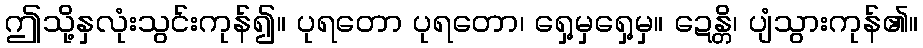
ဤသို့နှလုံးသွင်းကုန်၍။ ပုရတော ပုရတော၊ ရှေ့မှရှေ့မှ။ ဍေန္တိ၊ ပျံသွားကုန်၏။